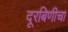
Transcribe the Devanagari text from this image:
दूरबिणीचा